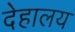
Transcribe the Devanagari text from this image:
देहालय